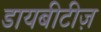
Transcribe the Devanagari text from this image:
डायबीटीज़